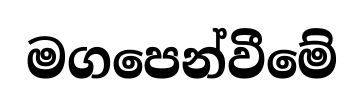
මගපෙන්වීමේ